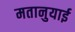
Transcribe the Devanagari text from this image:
मतानुयाई